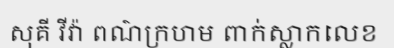
សុគី វីវ៉ា ពណ៌ក្រហម ពាក់ស្លាកលេខ